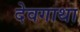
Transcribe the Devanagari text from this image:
देवगाथा